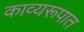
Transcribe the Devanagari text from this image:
काव्यरूपात